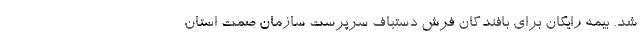
شد. بیمه رایگان برای بافندگان فرش دستباف سرپرست سازمان صمت استان